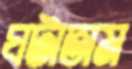
ঘটাতাম